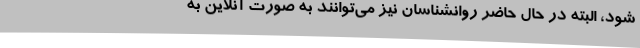
شود، البته در حال حاضر روانشناسان نیز می‌توانند به صورت آنلاین به